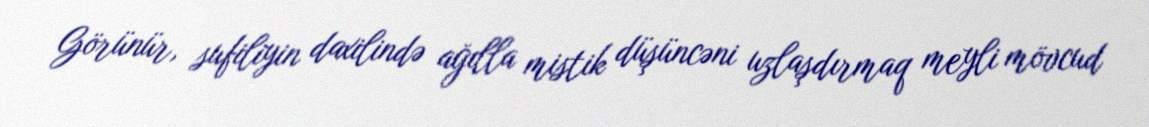
Görünür, sufiliyin daxilində ağılla mistik düşüncəni uzlaşdırmaq meyli mövcud